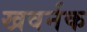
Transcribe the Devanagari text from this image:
खवर्नक